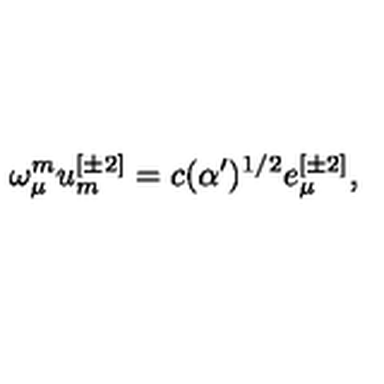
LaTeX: \omega _ { \mu } ^ { { m } } u _ { { m } } ^ { { [ \pm 2 ] } } = c ( \alpha ^ { \prime } ) ^ { { 1 / 2 } } e _ { \mu } ^ { { [ \pm 2 ] } } ,